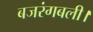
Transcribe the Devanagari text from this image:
बजरंगबली।